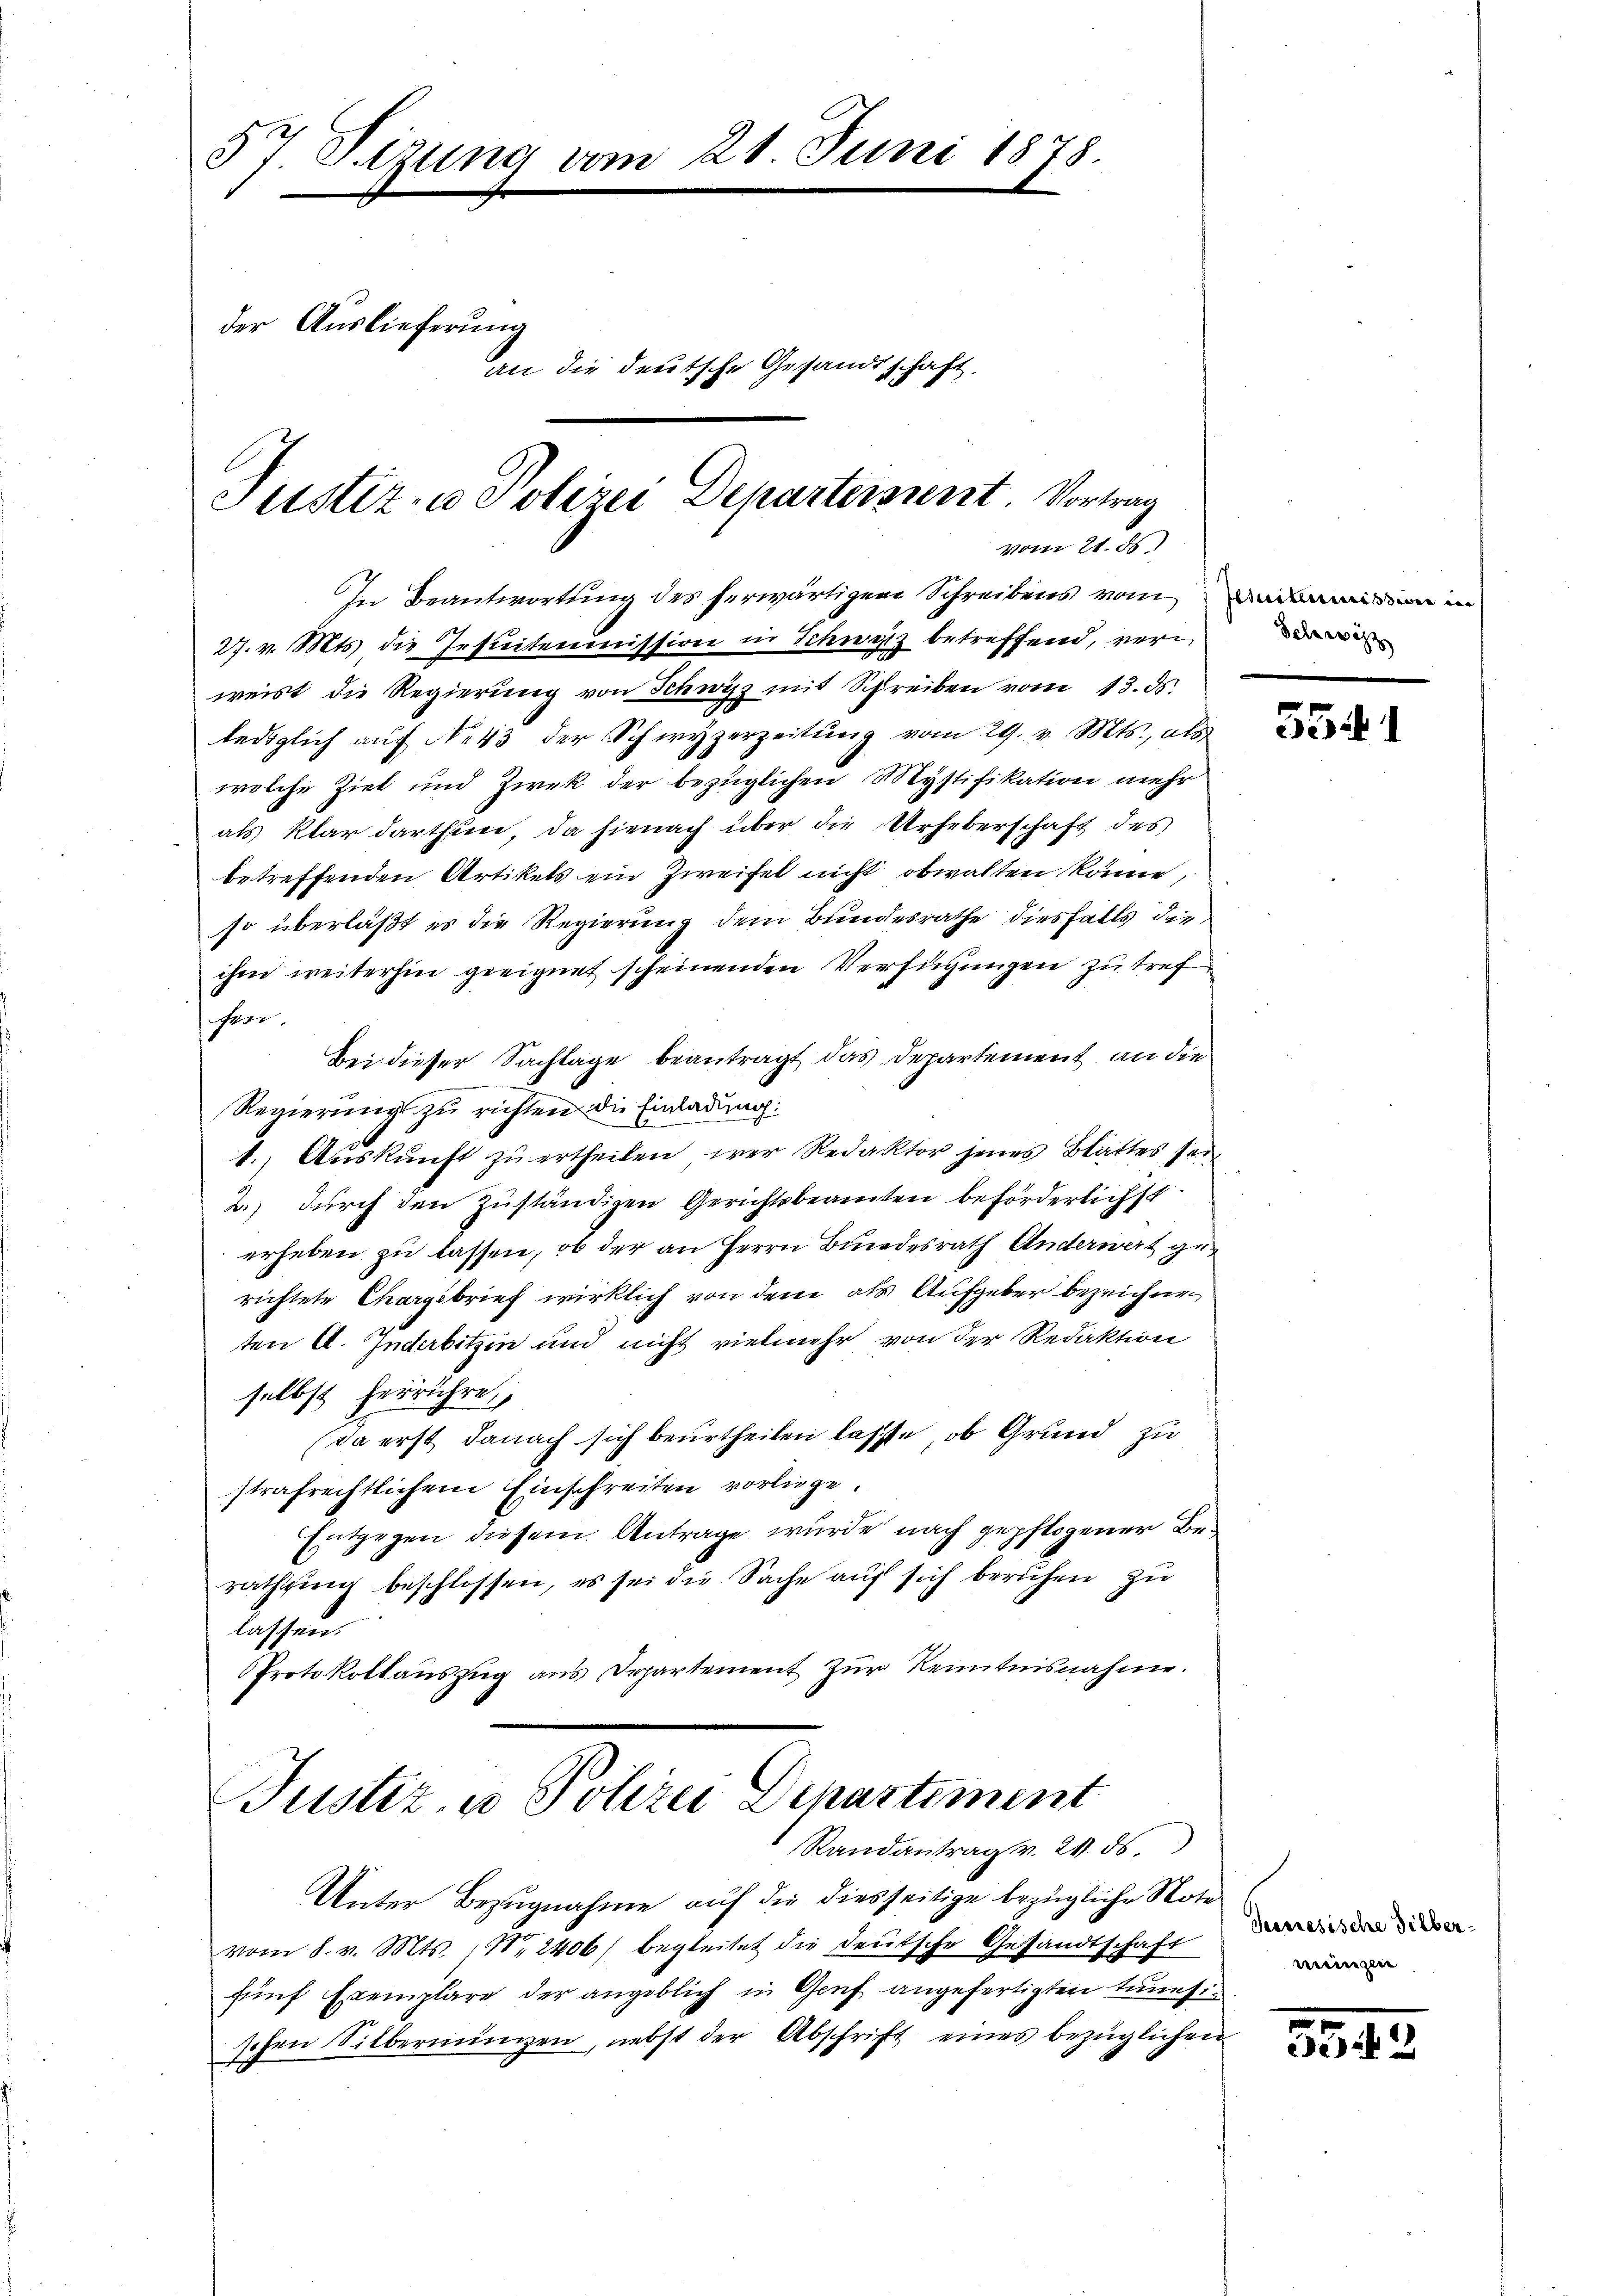
37. Sizung vom 21. Juni 1878.
der Auslieferung
an die deutsche Gesandtschaft,

Justiz- u. Polizei Departersient. Vortrag
vom 21. ds.

In Beantwortung des herwärtigen Schreibens vom in in
27. v. Mts. die Insuitemmission in Schwyz betreffend, verweist die Regierŭng von Schwyz mit Schreiben vom 13. ds.
lediglich aŭf No 43 der Schwyzerzeitŭng vom 29. v. Mts., als
welche Ziel und Zwek der bezüglichen Mystifikation mehr
als klar darthiene, da hienach über die Urheberschaft des
betreffenden Artikels ein Zweifel nicht obwalten könne,
so überläßt es die Regierung dem Bundesrathe diesfalls die
ihm weiterhin geeignet scheinenden Verfügungen zu tref
chrei
Bei dieser Sachlage beantragt das Departement an die
Regierung zu richten die Einladung:
1. Aŭskŭnft zŭ ertheilen wer Redaktor jenes Blattes sei
a.) durch den Zuständigen Gerichtsbeamten beförderlichst
erheben zu lassen, ob der an Herrn Bundesrath Anderwert gerichtete Chargebrief wirklich von dem als Aufgeber bezeichnen
ten A. Inderbitzen und nicht vielmehr von der Redaktion
selbst herrühre,
(da erst danach sich beurtheilen lasse, ob Grund zu
strafrechtlichem Einschreiten vorliege.
Entgegen diesem Antrage wurde nach gepflogener Berathung beschlossen, es sei die Sache auf sich beruhen zu
lassen.
Protokollauszug aus Departement zur Kenntnisnahme.

Justiz, u. Polizei Departement
Randantrag v. 21. ds.

Unter Bezugnahme auf die diesseitige bezügliche Note
vom 8. v. Mts. 12406) begleitet die deutsche Gesandtschaft
fünf Exemplare der angeblich in Genf angefertigten tunesischen Silbermingen, nebst der Abschrift eines bezüglichen

Schwizz

5541

Seeresische Silbermünzen

3345